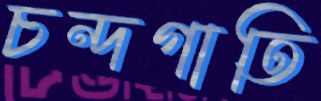
চন্দগাতি